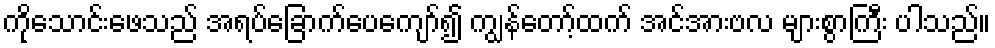
ကိုသောင်းဖေသည် အရပ်ခြောက်ပေကျော်၍ ကျွန်တော့်ထက် အင်အားဗလ များစွာကြီး ပါသည်။